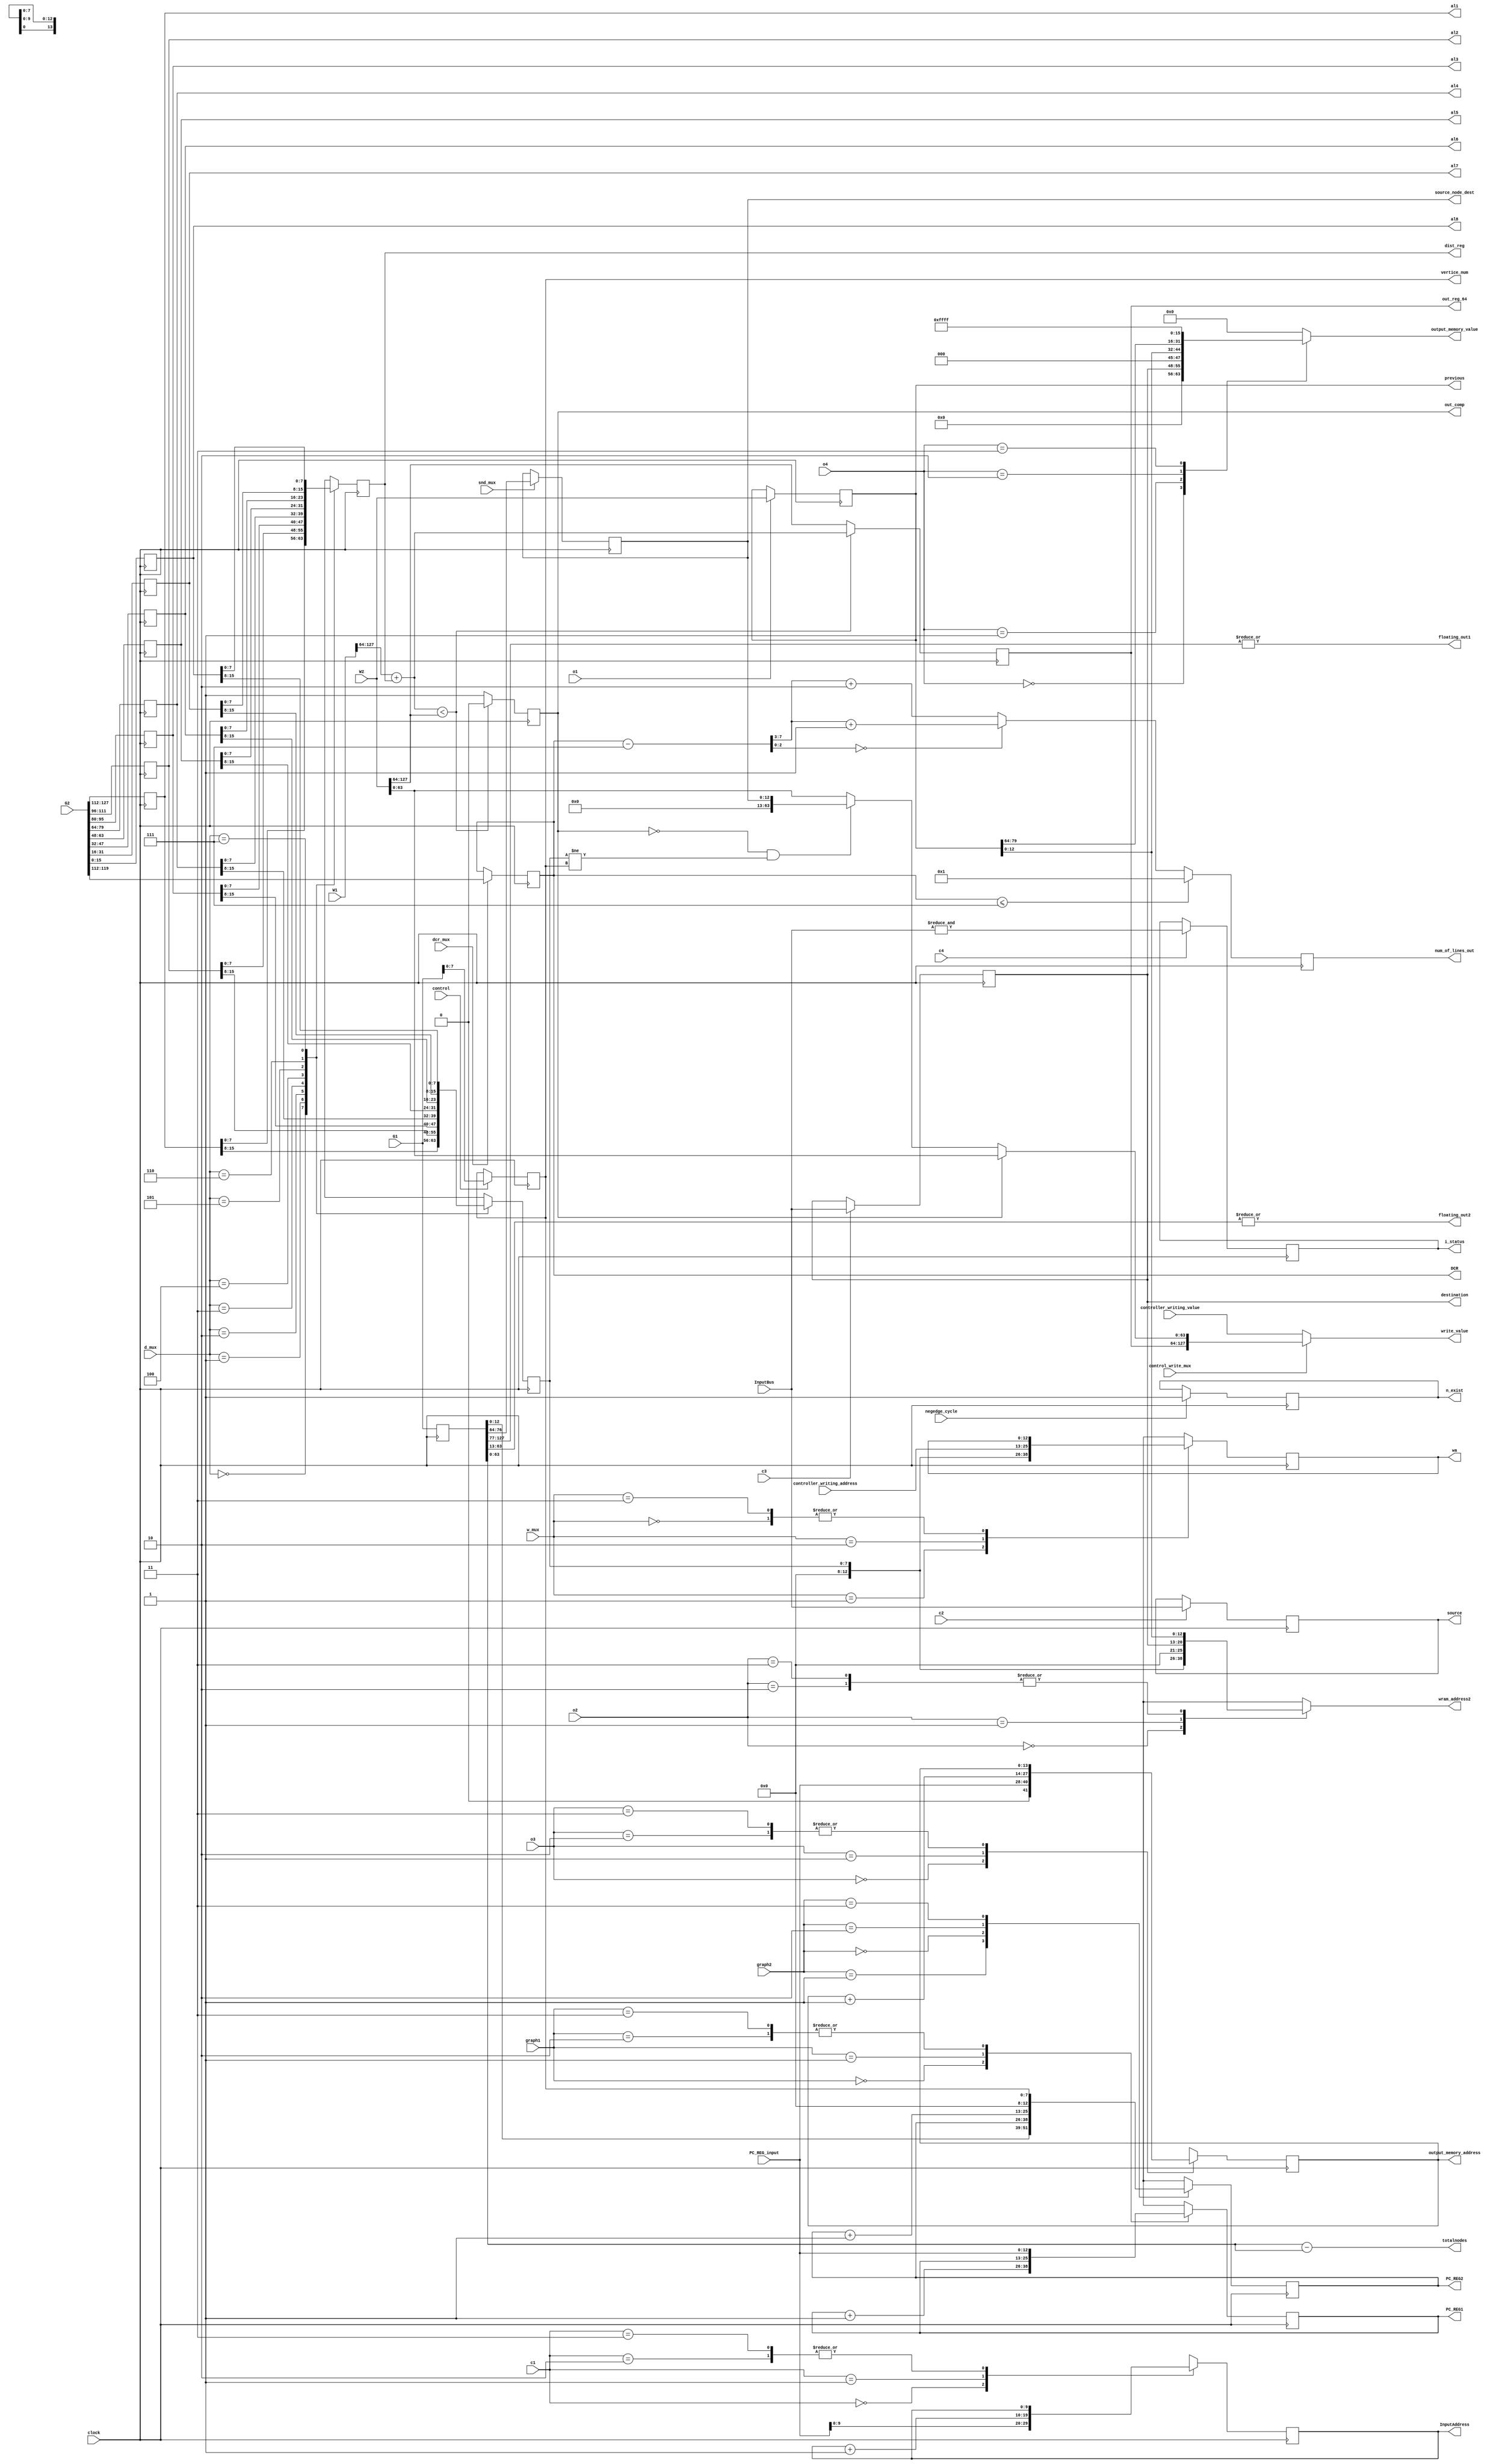
module complete_DataPath (clock,negedge_cycle,n_exist,G1,G2,W1,W2,InputBus,c1,c2,c3,c4,o1,o2,o3,o4,output_memory_value, output_memory_address, previous,snd_mux,control,graph1,graph2,dcr_mux, d_mux,PC_REG_input,w_mux,control_write_mux,controller_writing_address, controller_writing_value, PC_REG1,PC_REG2,source_node_dest,wram_address2,dist_reg,out_reg_64,wa,write_value,DCR,floating_out1,floating_out2,totalnodes,al1,al2,al3,al4,al5,al6,al7,al8,vertice_num,out_comp,source,destination,InputAddress,i_status,num_of_lines_out);
/*---------------------------------------------------------------input declaration----------------------------------------------------------------------------------------*/
input clock;
input negedge_cycle;
input [127:0] G1;
input [127:0] G2;
input [127:0] W1;
input [127:0] W2;
input dcr_mux;
input snd_mux;
input [1:0] graph1;
input [1:0] graph2;
input [2:0] d_mux;
input [12:0] PC_REG_input;
input [1:0] w_mux;
input control;
input [7:0] InputBus;
//input wmdr1_mux;
//input wmdr2_mux;
input control_write_mux;
input [12:0]  controller_writing_address;
input [127:0] controller_writing_value;
input c2,c3,c4;
input [1:0] c1;
input [1:0] o2,o3;
input [2:0] o4;
input o1;
/*---------------------------------------------------------------output declaration---------------------------------------------------------------------------------------*/
output [63:0] totalnodes;
output [127:0] previous;
output [15:0] output_memory_value;
reg [15:0] output_memory_value;
output [13:0] output_memory_address;
output [7:0]  vertice_num;
output [12:0] PC_REG1;
output [12:0] PC_REG2;
output [12:0] source_node_dest;
output reg [4:0] num_of_lines_out; 
output [12:0]  wram_address2;
output signed [63:0] out_reg_64;
output out_comp;
//output [127:0]WMDR1;
//output [127:0]WMDR2;
output [12:0] wa;
output [127:0]write_value;
output [7:0]  DCR;
output floating_out1,floating_out2;
output [7:0]   dist_reg;
output [15:0] al1;
output [15:0] al2;
output [15:0] al3;
output [15:0] al4;
output [15:0] al5;
output [15:0] al6;
output [15:0] al7;
output [15:0] al8;
output [7:0] source;
output [7:0] destination;
output i_status;
output [9:0] InputAddress;
output n_exist;
reg n_exist;
/*----------------------------------------------------------------nets and registers declaration---------------------------------------------------------------------------*/
wire [63:0] totalnodes;
reg [13:0] output_memory_address;
reg [127:0] GDR1;
reg [127:0] GDR2;
reg [12:0]  PC_REG1;
reg [12:0]  PC_REG2;
reg [12:0]  source_node_dest;
reg [7:0]   current_node_dest;
reg [7:0]   dist_reg;
reg [63:0]  padding_dist_reg;
reg [7:0] DCR_sub_7;
reg [2:0] remainder_out;
reg [4:0] quotient;
reg [4:0] num_of_lines;
reg[2:0] remainder;
//reg [15:0]  d_mux_value;//values outside daughter decoding mux
//reg [127:0] WMDR1;
//reg [127:0] WMDR2;
reg [7:0]   vertice_num;
reg [63:0]  out_reg_64;
reg         out_comp;//out_comp is actually registered
reg [12:0]  wa;
reg [127:0] write_value;
reg [63:0]  a;//for part c
reg [127:0] b;//for part c   
reg signed [63:0]  tmp;// for part d   
reg comp;// for part d  
reg signed [63:0]  outreg;
reg [7:0]   DCR;
reg floating_out1,floating_out2;
reg [63:0] temp1;
reg [12:0] extended_destination;
reg signed [63:0] temp2;
reg [63:0] temp3;
reg [15:0] al1;
reg [15:0] al2;
reg [15:0] al3;
reg [15:0] al4;
reg [15:0] al5;
reg [15:0] al6;
reg [15:0] al7;
reg [15:0] al8;
reg [7:0] source;
reg [7:0] destination;
reg [9:0]InputAddress;
reg i_status;
reg [12:0] extended_current_node_dest;
reg [12:0] wram_address2;
reg [127:0] previous;
//source and destination initialization
always@(posedge clock)
begin
if(negedge_cycle)
begin
n_exist<=1;

end
else
begin
n_exist<=n_exist;

end
end
always@(posedge clock)
begin
case(c1)
2'b00:
begin
InputAddress<=PC_REG_input[9:0];
end
2'b01:
begin
InputAddress<=InputAddress + 1;
end
2'b10:
begin
InputAddress<=InputAddress;
end
2'b11:
begin
InputAddress<=InputAddress;
end
endcase
end
always@(posedge clock)
begin
if(!c2)
source<=source;
else
source<=InputBus;
end
always@(posedge clock)
begin
if(!c3)
destination<=destination;
else
destination<=InputBus;

end
always@(posedge clock)
begin
if(c4)
i_status <= &InputBus;
else
i_status <= i_status;
end
//GDR registers initialization
always@(posedge clock)
begin
//first fragment
GDR1<=G1;
GDR2<=G2;
al8<=G2[15:0];
al7<=G2[31:16];
al6<=G2[47:32];
al5<=G2[63:48];  
al4<=G2[79:64];
al3<=G2[95:80];
al2<=G2[111:96];
al1<=G2[127:112];
if(control)
vertice_num<=G1[7:0];
else
vertice_num<=vertice_num;
//end of first fragment ..registers outside graph memory
if(!snd_mux) 
	source_node_dest<=source_node_dest;//getting source node address for different cycles(it might have to be constant for different cycles)
else 
	
    source_node_dest<= GDR1[76:64];//getting source node address


end                     
assign totalnodes = GDR1[63:0] - GDR1[127:0]; 
//multiplexor for daughter and distance separation->extracting from GDR2

//registers for daughter address in working memory and its distance from current source node
always@(posedge clock)
begin
case(d_mux) 
3'b000: 
begin
current_node_dest<=al1[15:8];
dist_reg<=al1[7:0];
end
3'b001: 
begin
current_node_dest<=al2[15:8];
dist_reg<=al2[7:0];
end
3'b010: 
begin
current_node_dest<=al3[15:8];
dist_reg<=al3[7:0];
end
3'b011: 
begin
current_node_dest<=al4[15:8];
dist_reg<=al4[7:0];
end
3'b100: 
begin
current_node_dest<=al5[15:8];
dist_reg<=al5[7:0];
end
3'b101: 
begin
current_node_dest<=al6[15:8];
dist_reg<=al6[7:0];
end
3'b110: 
begin
current_node_dest<=al7[15:8];
dist_reg<=al7[7:0];
end
3'b111: 
begin
current_node_dest<=al8[15:8];
dist_reg<=al8[7:0];
end


endcase

end

//Program counters for graph memory
always@(posedge clock)
begin
case (graph1)
2'b00: PC_REG1<=PC_REG1 + 13'b0000000000001;
2'b01: PC_REG1<=PC_REG1;
2'b10: PC_REG1<=PC_REG_input;
2'b11: PC_REG1<=PC_REG_input;
endcase
case (graph2)
2'b01: PC_REG2<=GDR1[12:0];
2'b00: PC_REG2<=PC_REG2;
2'b10: PC_REG2<=PC_REG2+1;
2'b11: PC_REG2<=vertice_num;
endcase
end
always@(posedge clock)
begin
if (dcr_mux)
DCR <= G2[119:112];
else 
DCR <= DCR;
end


always@(posedge clock)
begin
case (w_mux)
2'b00: wa <= wa;
2'b01: wa <= current_node_dest;
2'b10: wa <= controller_writing_address;
2'b11: wa<=wa;
endcase
end

//end of part b
//final
always@(*)
begin
extended_current_node_dest = {5'b00000,current_node_dest};
extended_destination = {5'b00000, destination};
end
always@(*)
begin
case(o2)
2'b00: wram_address2 = extended_current_node_dest;
2'b01: wram_address2 = extended_destination;
2'b10: wram_address2 = previous[12:0];
2'b11: wram_address2 = previous[12:0];
endcase
end

always@(posedge clock)
begin
if(o1)
previous<=W2;
else
previous<=previous;
end
always@(*)
begin
case(o4)
2'b000: output_memory_value = {3'b000,extended_destination};
2'b001: output_memory_value = {3'b000,previous[12:0]};
2'b010: output_memory_value =  previous[79:64];
2'b011: output_memory_value = 16'hFFFF;
2'b100: output_memory_value = 4'h0;
2'b101 : output_memory_value = 16'h7FFFF;
default : output_memory_value = 0;
endcase
end
always@(posedge clock)
begin
case(o3)
2'b00: output_memory_address <= {1'b0,PC_REG_input};
2'b01: output_memory_address <= output_memory_address+1;
2'b10: output_memory_address <= output_memory_address;
2'b11: output_memory_address <= output_memory_address;
endcase
end
//final output
//part c
always@(*)
begin
if (out_comp)
   a = W2[63:0];
   else if(out_comp==0 && current_node_dest!=vertice_num)
   a = { 51'b000000000000000000000000000000000000000000000000000, source_node_dest};
   else
	a = W2[63:0];
   
            
 b = {out_reg_64,a};//preparing 128 bit value for writing into memory
if(control_write_mux)
 write_value = b;
else
 write_value = controller_writing_value;
end

//end of part c;
//part d
always@(*)
begin
if(DCR<=7)
num_of_lines=1;
else
begin
DCR_sub_7=DCR - 8'b00000111;
remainder=DCR_sub_7[2:0];
quotient=DCR_sub_7[7:3];
if(remainder==3'b000)
num_of_lines=quotient+1;
else
num_of_lines=quotient+8'b00000010;
end
end

always@(posedge clock)
begin
num_of_lines_out<=num_of_lines;
remainder_out<=remainder;
end
  

always@(*)
begin
padding_dist_reg = 64'h0000000000000000;
//tmp = $signed(W1[127:64]) + $signed({padding_dist_reg[63:8],dist_reg}); 
tmp = $signed(W1[127:64]) + $signed(dist_reg); 
temp2 = $signed(W2[127:64]);
if ( tmp < $signed(W2[127:64]) )
   begin
     outreg = tmp;
     comp = 1'b0;
   end
else
   begin               
	  outreg = $signed(W2[127:64]);
     comp = 1'b1;
   end
floating_out1 = |GDR1[127:77];
floating_out2 = |GDR1[63:13];
end
always@(posedge clock)
begin
out_reg_64 <= outreg;
out_comp <=comp;
end
//end of part d
endmodule